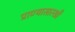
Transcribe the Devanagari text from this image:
प्राण्यासारखी